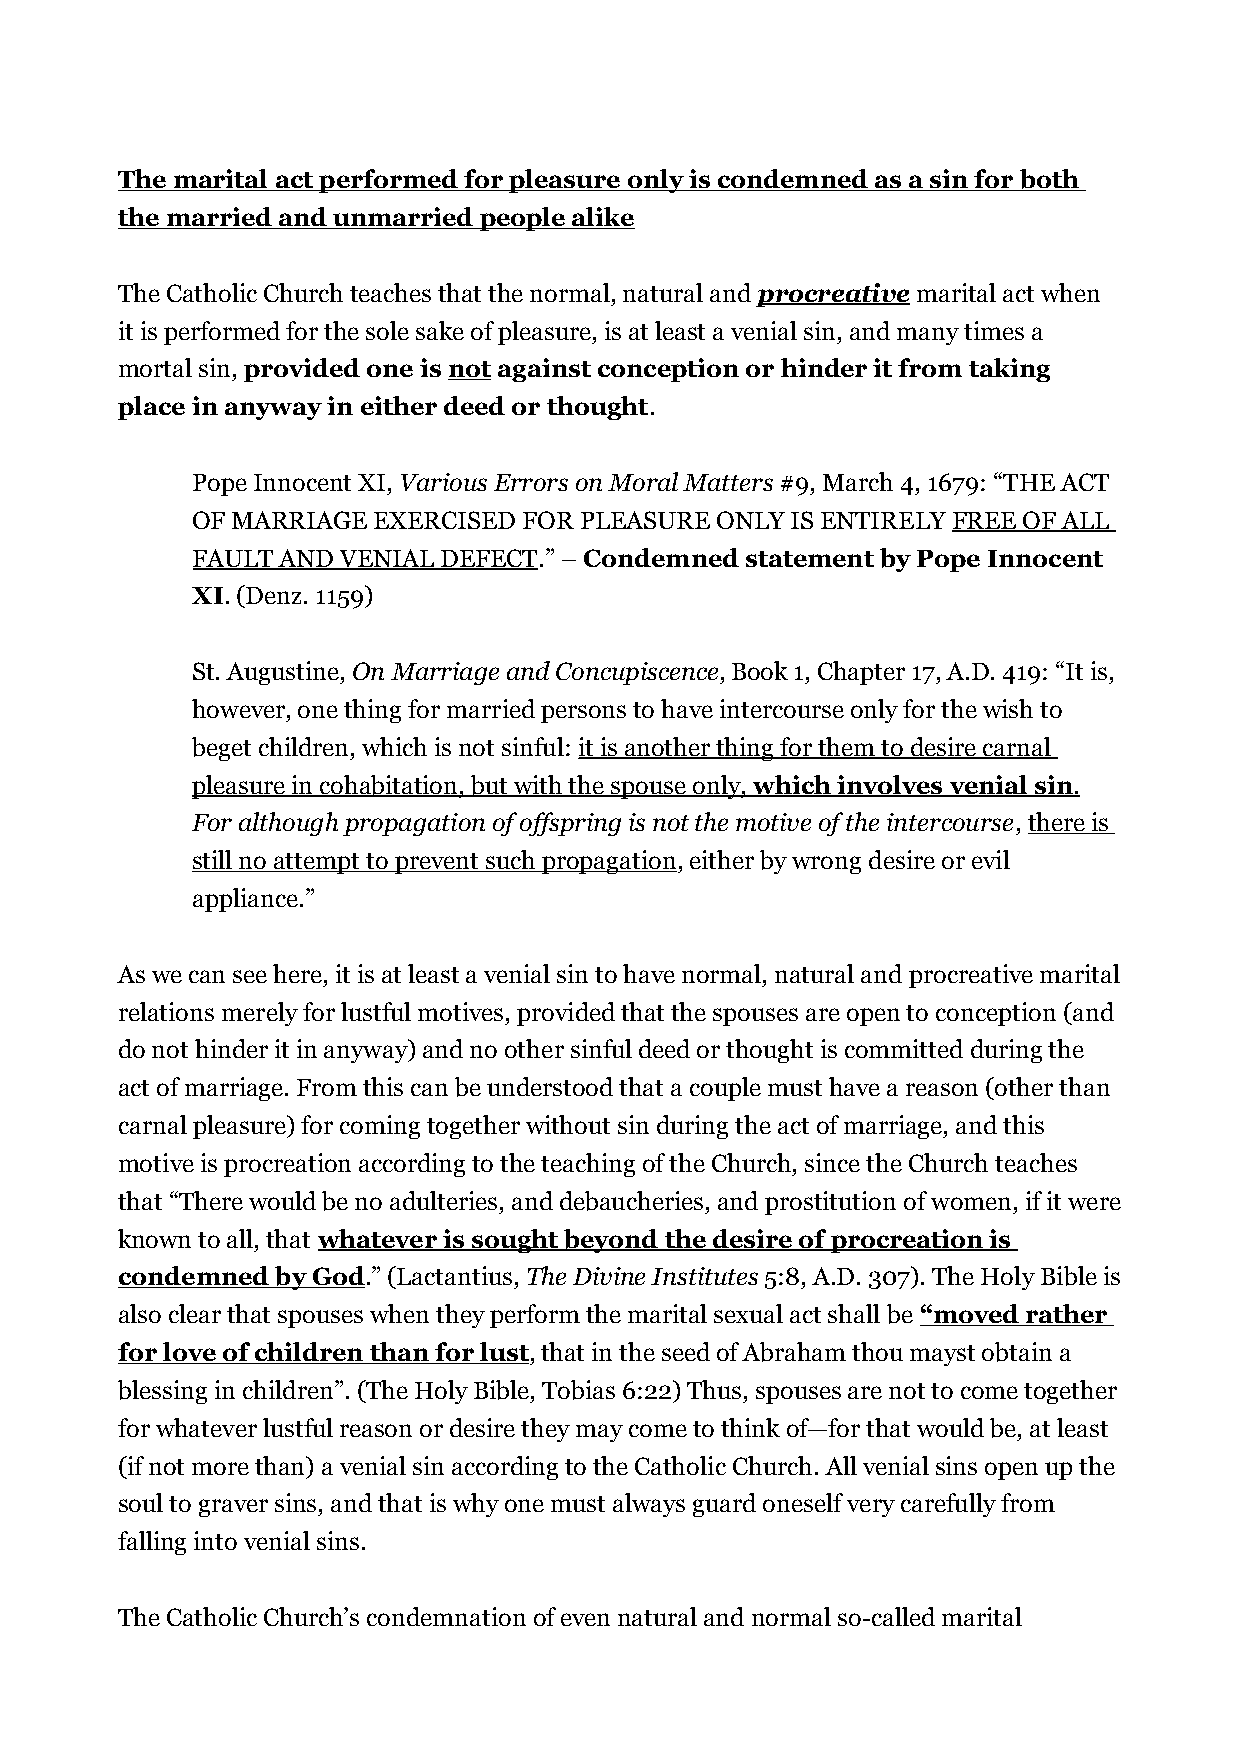
The marital act performed for pleasure only is condemned as a sin for both
 the married and unmarried people alike
 The Catholic Church teaches that the normal, natural and procreative marital act when
 it is performed for the sole sake of pleasure, is at least a venial sin, and many times a
 mortal sin, provided one is not against conception or hinder it from taking
 place in anyway in either deed or thought.
 Pope Innocent XI, Various Errors on Moral Matters #9, March 4, 1679: “THE ACT
 OF MARRIAGE EXERCISED FOR PLEASURE ONLY IS ENTIRELY FREE OF ALL
 FAULT AND VENIAL DEFECT.” – Condemned statement by Pope Innocent
 XI. (Denz. 1159)
 St. Augustine, On Marriage and Concupiscence, Book 1, Chapter 17, A.D. 419: “It is,
 however, one thing for married persons to have intercourse only for the wish to
 beget children, which is not sinful: it is another thing for them to desire carnal
 pleasure in cohabitation, but with the spouse only, which involves venial sin .
 For although propagation of offspring is not the motive of the intercourse, there is
 still no attempt to prevent such propagation, either by wrong desire or evil
 appliance.”
 As we can see here, it is at least a venial sin to have normal, natural and procreative marital
 relations merely for lustful motives, provided that the spouses are open to conception (and
 do not hinder it in anyway) and no other sinful deed or thought is committed during the
 act of marriage. From this can be understood that a couple must have a reason (other than
 carnal pleasure) for coming together without sin during the act of marriage, and this
 motive is procreation according to the teaching of the Church, since the Church teaches
 that “There would be no adulteries, and debaucheries, and prostitution of women, if it were
 known to all, that whatever is sought beyond the desire of procreation is
 condemned by God.” (Lactantius, The Divine Institutes 5:8, A.D. 307). The Holy Bible is
 also clear that spouses when they perform the marital sexual act shall be “moved rather
 for love of children than for lust, that in the seed of Abraham thou mayst obtain a
 blessing in children”. (The Holy Bible, Tobias 6:22) Thus, spouses are not to come together
 for whatever lustful reason or desire they may come to think of—for that would be, at least
 (if not more than) a venial sin according to the Catholic Church. All venial sins open up the
 soul to graver sins, and that is why one must always guard oneself very carefully from
 falling into venial sins.
 The Catholic Church’s condemnation of even natural and normal so-called marital